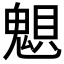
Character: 𲌩